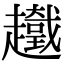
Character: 𧾞